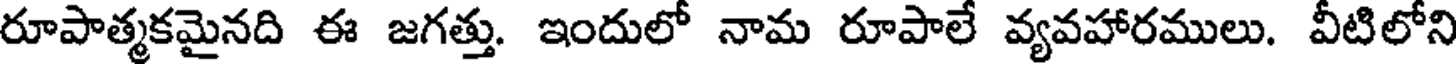
రూపాత్మకమైనది ఈ జగత్తు. ఇందులో నామ రూపాలే వ్యవహారములు. వీటిలోని